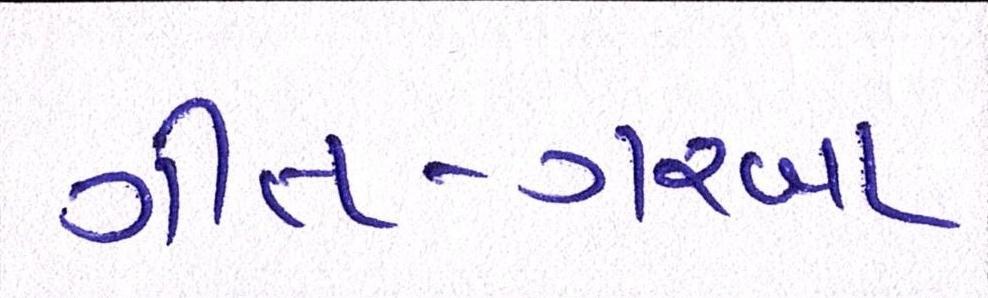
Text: ગીત-ગરબા